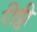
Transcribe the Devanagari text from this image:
रीट्टी